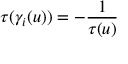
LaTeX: \tau ( \gamma _ { i } ( u ) ) = - \frac { 1 } { \tau ( u ) }